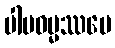
ပါပဓမ္မဿပေ